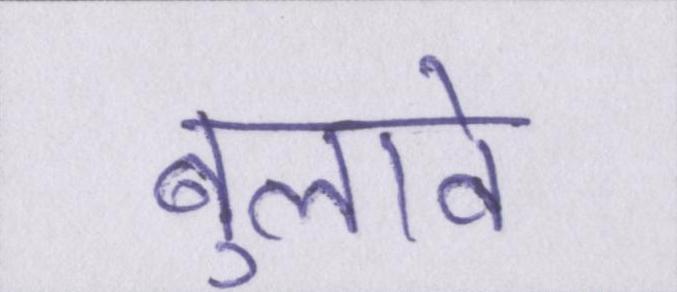
बुलावे